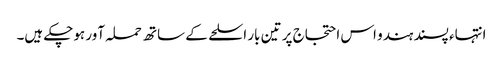
انتہاء پسند ہندو اس احتجاج پر تین بار اسلحے کے ساتھ حملہ آور ہوچکے ہیں۔